Calcutta medical institutions reports 1892-1900
Year: 1892
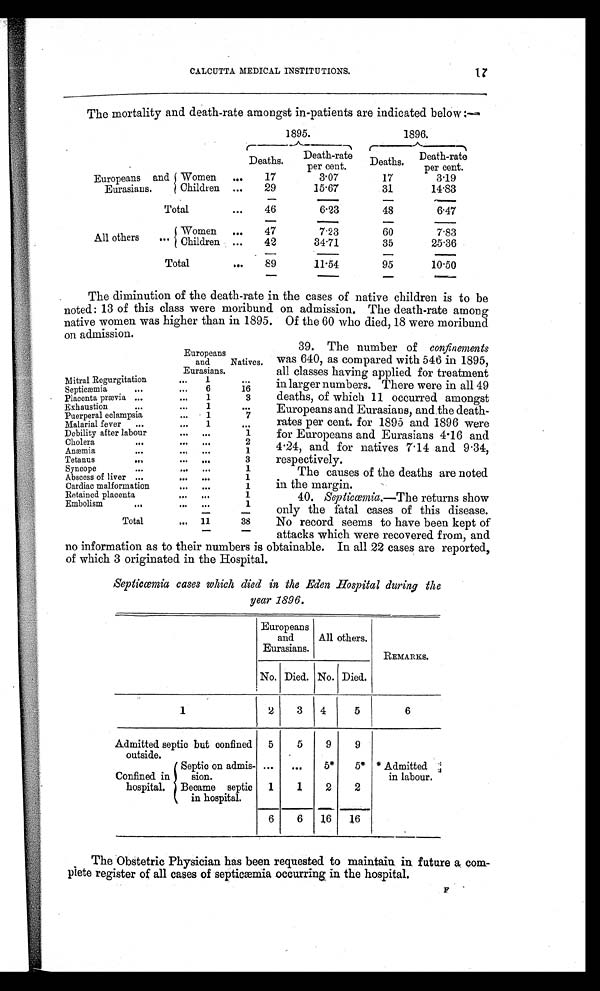
CALCUTTA MEDICAL INSTITUTIONS. 17
The mortality and death-rate amongst in-patients are indicated below :—
1895.
1896.
Deaths. Death-rate
per cent.
Deaths. Death-rate
per cent.
Europeans and
Eurasians.
Women
17
3.07
17
3.19
Children
29
—
15.67
—
31
14.83
Total
46
6.23
4 8
6.47
All others
Women
47
7.23
60
7.83
Children
34.71
35
25.36
Total
89
11.54
95
10.50
The diminution of the death-rate in the cases of native children is to be
noted: 13 of this class were moribund on admission. The death-rate among
native women was higher than in 1895. Of the 60 who died, 18 were moribund
on admission.
Europeans
and
Eurasians.
Natives.
Mitral Regurgitation
1
Septicæmia
6
16
Placenta prævia
1
3
Exhaustion
1
Puerperal eclampsia
1
7
Malarial fever
1
Debility after labour
1
Cholera
2
Anæmia
1
Tetanus
3
Sy ncope
1
Abscess of liver
1
Cardiac malformation
1
Retained placenta
1
Embolism
1
Total
1 1
38
39. The number of confinements
was 640, as compared with 546 in 1895,
all classes having applied for treatment
in larger numbers. There were in all 49
deaths, of which 11 occurred amongst
Europeans and Eurasians, and the death-
rates per cent. for 1895 and 1896 were
for Europeans and Eurasians 4 . 16 and
4.24, and for natives 7.14 and 9.34,
respectively.
The causes of the deaths are noted
in the margin.
40. Septicœia.—The returns show
only the fatal cases of this disease.
No record seems to have been kept of
attacks which were recovered from, and
no information as to their numbers is obtainable. In all 22 cases are reported,
of which 3 originated in the Hospital.
Septicœmia cases which died in the Eden Hospital during the
year 1896.
Europeans
and
Eurasians.
All others.
REMARKS.
No. Died. No. Died.
1
2
3 4
5
6
Admitted septic but confined
outside.
5
5
9
9
Confined in
hospital.
Septic on admis-
sion.
5* 5* *Admitted
in labour.
Became septic
in hospital.
1
1
2
2
6
6 16 16
The Obstetric Physician has been requested to maintain in future a com
-plete register of all cases of septicæmia occurring in the hospital.
F